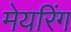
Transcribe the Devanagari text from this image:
मेयरिंग